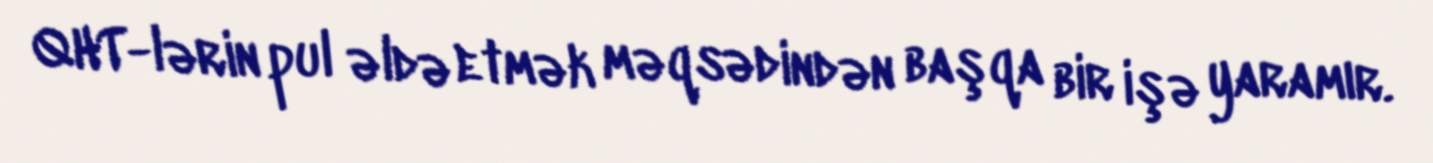
QHT-lərin pul əldə etmək məqsədindən başqa bir işə yaramır.